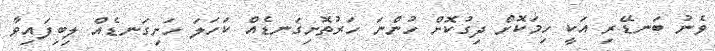
ވެނު ބަނޑޭރި އަކީ ހިމަކޮށް ދިގުކޮށް ހުންނަ ހަރުތޮށިގަނޑެއް ކަހަލަ ހަށިގަނޑެއް ލިބިފައިވާ